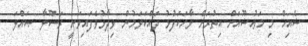
ޝެއިޚް މި މަޢުޟޫއަށް އިތުރަށް ވާހަކަފުޅު ދައްކަވަމުން ވިދާޅުވެފައިވަނީ ރަސޫލާ ޞައްލަ